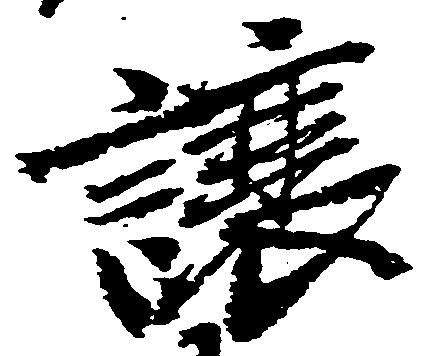
譲